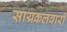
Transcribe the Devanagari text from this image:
सायकलवारी